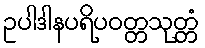
ဥပါဒါနပရိပဝတ္တသုတ္တံ